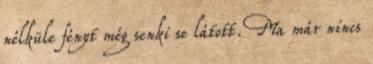
nélküle fényt még senki se látott. Ma már nincs